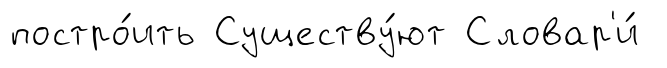
постро́ить Существу́ют Словар'и́